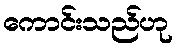
ကောင်းသည်ဟု